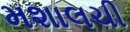
મશાલચી